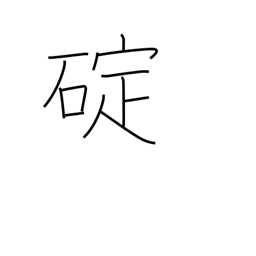
Meaning: grapnel